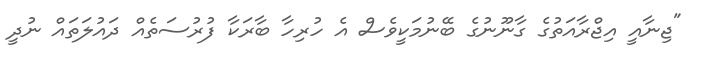
"ޖިނާއީ އިޖްރާއަތުގެ ގާނޫނުގެ ބޭނުމަކީވެސް އެ ހުރިހާ ބާރަކާ ފުރުސަތެއް ދައުލަތައް ނުދީ